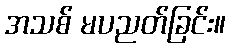
အသစ် မပညတ်ခြင်း။